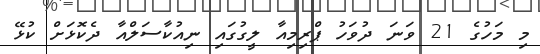
މި މަހުގެ 21 ވަނަ ދުވަހު ޕްރިމިއާ ލީގުގައި ނިއުކާސަލްއާ ދެކޮޅަށް ކުޅޭ